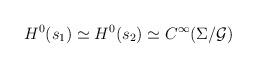
LaTeX: \begin{align*}H^{0}(s_{1}) \simeq H^{0}(s_{2}) \simeq C^{\infty}(\Sigma/{\cal G})\end{align*}